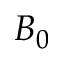
B _ { 0 }